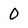
Character: 0